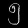
Digit: ၅